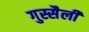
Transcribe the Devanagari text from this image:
गुस्सैली